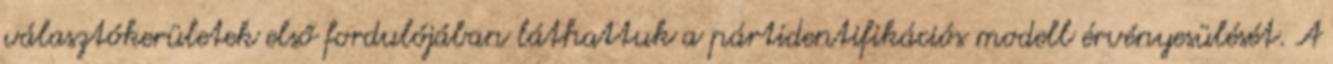
választókerületek első fordulójában láthattuk a pártidentifikációs modell érvényesülését. A